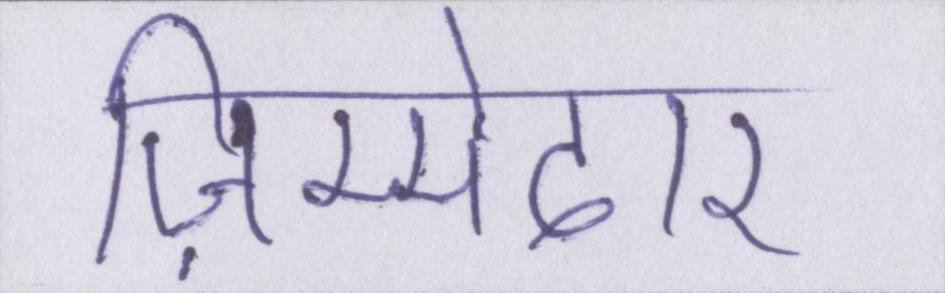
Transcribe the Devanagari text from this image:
ज़िम्मेदार